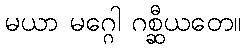
မယာ မဂ္ဂေါ ဂစ္ဆီယတေ။